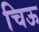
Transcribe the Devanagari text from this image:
चिऊ